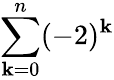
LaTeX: \sum_{\mathbf{k}=0}^{n}(-2)^{\mathbf{k}}